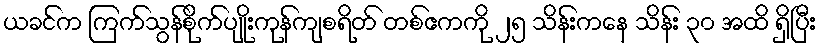
ယခင်က ကြက်သွန်စိုက်ပျိုးကုန်ကျစရိတ် တစ်ဧကကို ၂၅ သိန်းကနေ သိန်း ၃၀ အထိ ရှိပြီး